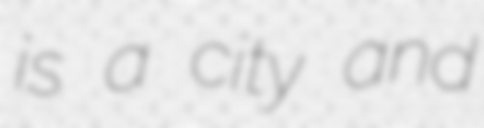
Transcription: is a city and